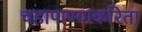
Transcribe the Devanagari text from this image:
चहापाण्याकरिता